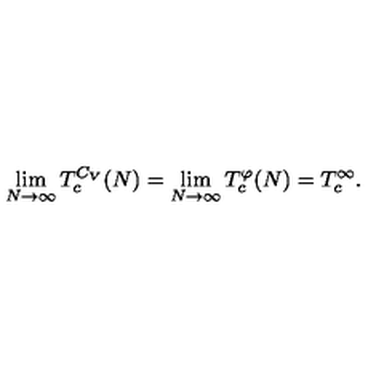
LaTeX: \lim _ { N \to \infty } T _ { c } ^ { C _ { V } } ( N ) = \lim _ { N \to \infty } T _ { c } ^ { \varphi } ( N ) = T _ { c } ^ { \infty } .